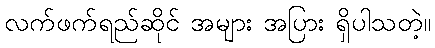
လက်ဖက်ရည်ဆိုင် အများ အပြား ရှိပါသတဲ့။